Scottish Certificate of Education, 1962
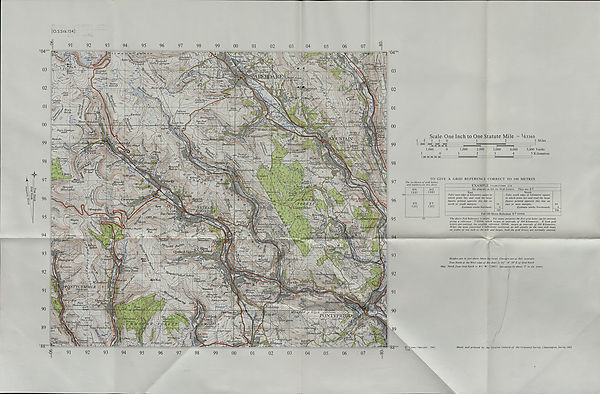
04°
03
02
01
00
99
98
97
96
95
94
93
92
91
90
89
88°°
4 j
...H-l H
Scale: One Inch to One Statute Mile = ^3360
3 Miles
H H IH H K
1,000
0
1
0
H Hi
1,000
2,000
2
3,000
3
4,000
4
5,000 Yards
5 Kilometres
TO GIVE A GRID REFERENCE CORRECT TO 100 METRES
The incidence of grid letters
and numbers on this sheet
EXAMPLE TYLORSTOWN STA
See diagram on left for Grid Letters. They are S T
East
Take west edge of kilometre square in
which point lies and read the large
figures printed opposite this line on
north or south margins.
Estimate tenths Eastwards
01
0_
010
North
Take south edge of kilometre square
in which point lies and read the large
figures printed opposite this line on
east or west margins.
Estimate tenths Northwards
94
946
Full 100 Metre Reference ST 010946
The above Full Reference is unique. For many purposes the first grid letter can be omitted,
giving a reference T 010946 which recurs at intervals of 500 Kilometres. If both grid
letters are omitted, the resulting reference 010946 recurs at intervals of 100 Kilometres.
When the area concerned is sufficiently restricted, as will usually be the case with maps
on scales of one inch to the mile and larger, both the grid letters are normally omitted.
Heights are in feet above Mean Sea Level. Contours are at 50ft. intervals
True North at the West edge of this sheet is 01° 14' 50 " E of Grid North
Mag. North from Grid North is 8/2° W. (1962) decreasing by about h 0 in six years
© Crown Copyright, 1962
4336
Made and printed by the Director General of t/ie Ordnance Survey, Chessington, Surrey. 1
o